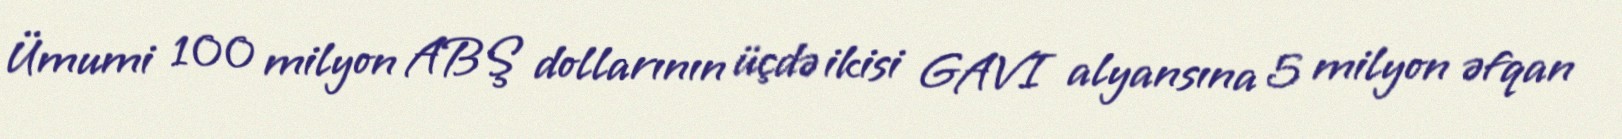
Ümumi 100 milyon ABŞ dollarının üçdə ikisi GAVI alyansına 5 milyon əfqan